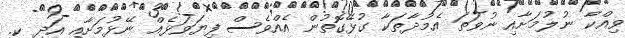
ވިއްކާ ނުލުމަށާއި ނުވަތަ އެމުދާތަކާ ގުޅޭގޮތުން އެއްވެސް ފިޔަވަޅެއް ނޭޅުމަށާއި އަދި ކ.